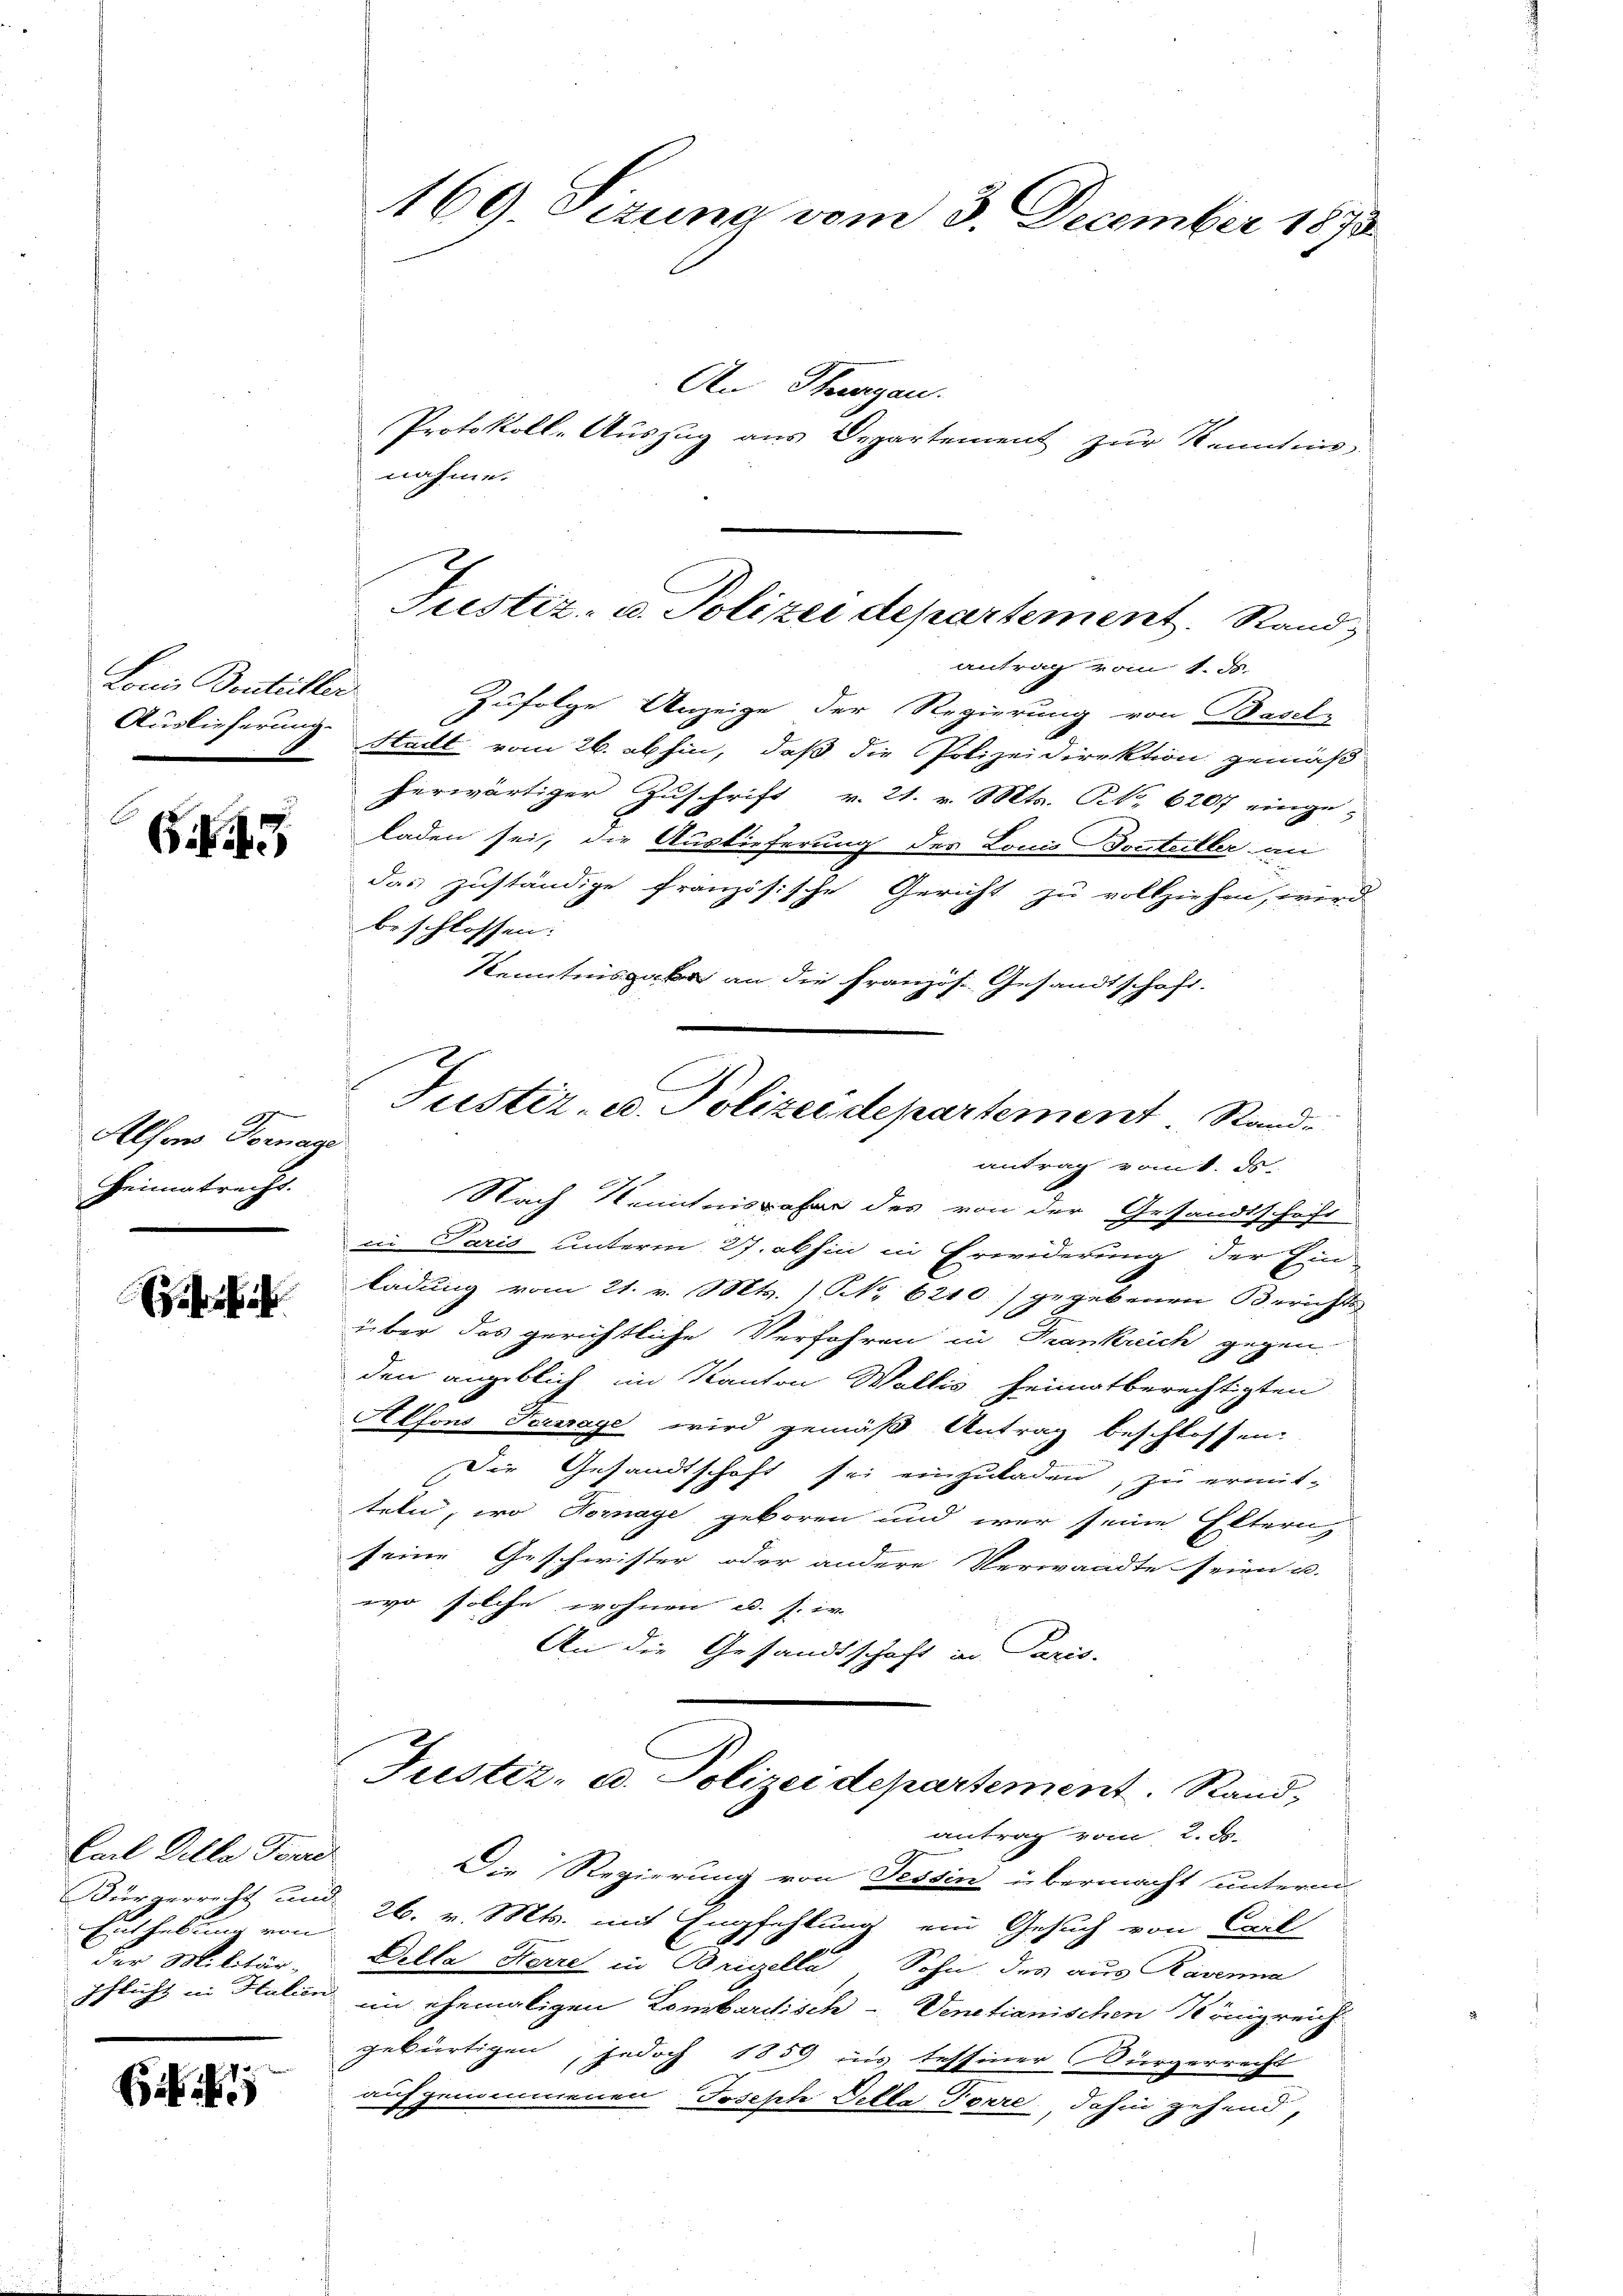
Lonie Doutüller
Auslieferung.

G. 3

Alfons Vernage
Heimatrecht.

Ehehi

Carl Delle Forre
Enthebung von
der Militär-
Pflicht in Halien

Ei

169. Sizung vom 3. December 1873

An Strengau.
Protokoll-Auszug aus Departement zur Kenntnis-
nahme.
antrag vom 1. ds.
Zufolge Anzeige der Regierung von Basel-
Stadt vom 26. abhin, daß die Polizeidirektion gemäß
herwärtiger Zuschrift v. 21. v. Mts. NNo. 6207 einge-
laden sei, die Auslieferung des Louis Dorsteller an
das zuständige französische Gericht zu vollziehen, wird
beschlossen:
Kenntnisgabe an die Französ. Gesandtschaft.
antrag vom 1. ds.
Nach Kenntnis aber des von der Gesandtschaft
en Paris unterm 27. abhin in Erwiderung der Ein-
ladung vom 21. v. Mts. (NNo 6210.) gegebenen Berichts
über das gerichtliche Verfahren in Frankreich gegen
den angeblich im Kanton Wallis heimatberechtigten
Alfons Toussage wird gemäß Antrag beschlossen.
Die Gesandtschaft sei einzuladen, zu ermit-
teln, wo Nomaye geboren und war seine Eltern
seine Geschwister oder andere Verwandte seien u.
wo solche wohnen u. s. ir
An die Gesandtschaft in Paris.
Justiz- u. Polizeidepartement. Stand,
antrag vom 2. ds.
Die Regierung von Tessin übermacht unterm
Bürgerrecht und 26. v. Mts. mit Empfehlung ein Gesuch von Carl
Delta Karre in Brizella, Sohn, des aus Ravenna
im ehemaligen Lombardisch-Venetianischen Königreich
gebürtigen, jedoch 1859 ins tessiner Bürgerrecht
aufgenommenen Joseph Pella Forre, dahin gehend,

Justiz- u. Polizei departement. Stand,

Justiz- u. Polizeidepartement. Rand-